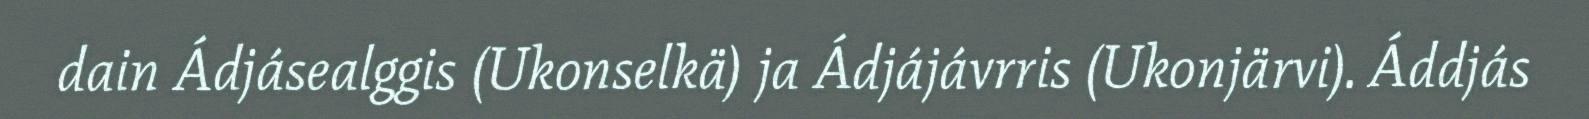
dain Ádjásealggis (Ukonselkä) ja Ádjájávrris (Ukonjärvi). Áddjás